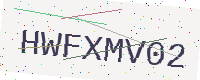
Text: HWFXMV02